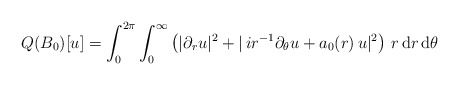
\begin{align*} Q(B_0)[u] = \int_0^{2\pi} \int_0^\infty \left ( |\partial_r u|^2 + |\, i r^{-1} \partial_\theta u+a_0(r)\, u|^2\right)\, r\, \mathrm{d}r\, \mathrm{d}\theta\end{align*}